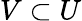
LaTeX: V\subset U